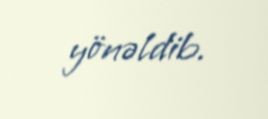
yönəldib.